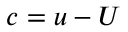
\boldsymbol { c } = \boldsymbol { u } - \boldsymbol { U }